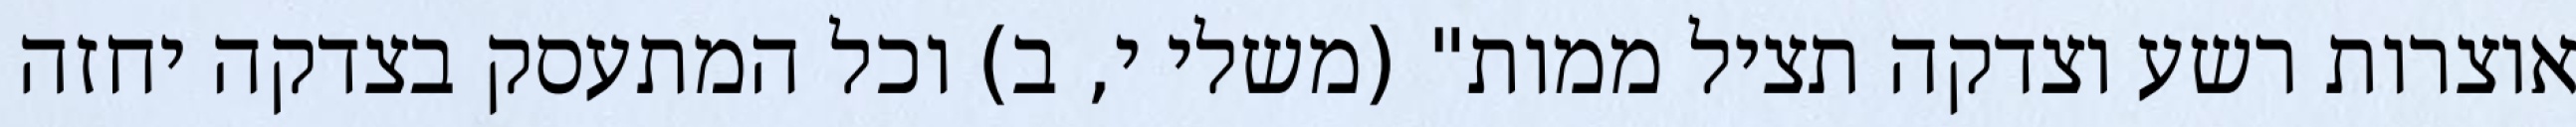
אוצרות רשע וצדקה תציל ממות" (משלי י, ב) וכל המתעסק בצדקה יחזה